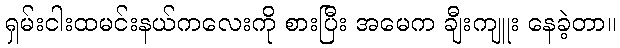
ရှမ်းငါးထမင်းနယ်ကလေးကို စားပြီး အမေက ချီးကျူး နေခဲ့တာ။